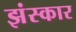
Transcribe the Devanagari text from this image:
झंस्कार